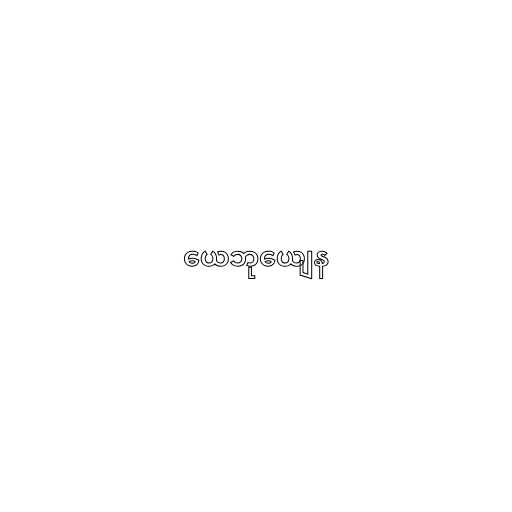
ယေဘုယျေန